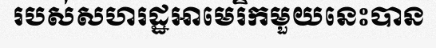
របស់សហរដ្ឋអាមេរិកមួយនេះបាន